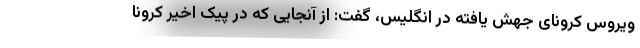
ویروس کرونای جهش یافته در انگلیس، گفت: از آنجایی که در پیک اخیر کرونا